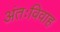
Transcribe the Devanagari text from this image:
अंतःविवाह